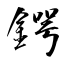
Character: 鍔